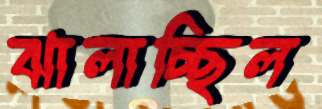
ঝালাচ্ছিল